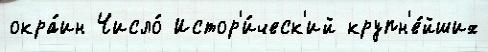
окра́ин Число́ Истор'и́ческ'ий крупн'е́йших